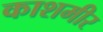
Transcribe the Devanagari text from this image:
काशमीर